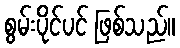
စွမ်းပိုင်ပင် ဖြစ်သည်။